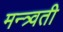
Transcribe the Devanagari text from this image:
मन्त्र्वती